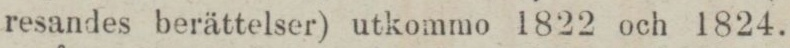
resandes berättelser) utkommo 1822 och 1824.